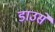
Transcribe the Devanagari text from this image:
डाउसे